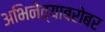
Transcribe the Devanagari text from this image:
अभिनेत्याबरोबर